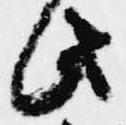
此